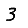
Digit: 3